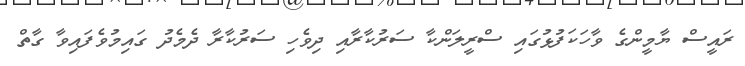
ރައީސް ޔާމީންގެ ވާހަކަފުޅުގައި ސްރީލަންކާ ސަރުކާރާއި ދިވެހި ސަރުކާރާ ދެމެދު ގައިމުވެފައިވާ ގާތް